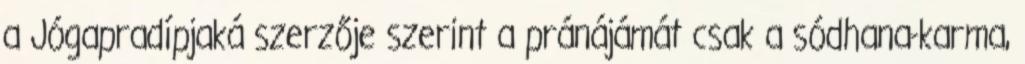
a Jógapradípjaká szerzője szerint a pránájámát csak a sódhana-karma,